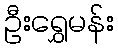
ဦးရွှေမန်း